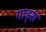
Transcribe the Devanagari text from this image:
गाड्स